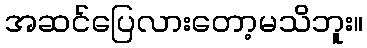
အဆင်ပြေလားတော့မသိဘူး။